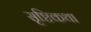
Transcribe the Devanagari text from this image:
सृष्टिकथा